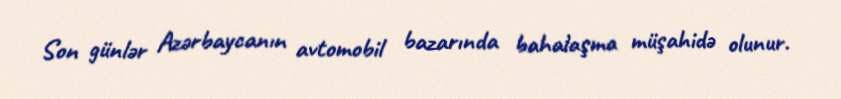
Son günlər Azərbaycanın avtomobil bazarında bahalaşma müşahidə olunur.